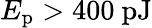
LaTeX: E_{\mathrm{p}}>400\ \mathrm{pJ}